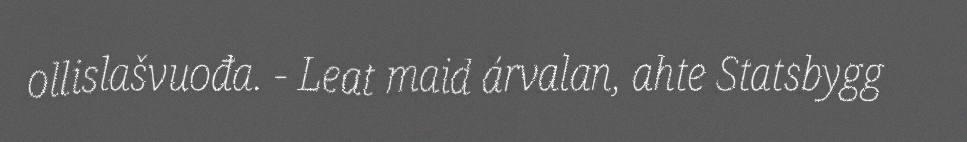
ollislašvuođa. - Leat maid árvalan, ahte Statsbygg